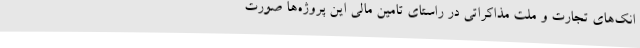
انک‌های تجارت و ملت مذاکراتی در راستای تامین مالی این پروژه‌ها صورت